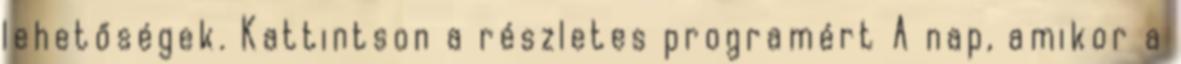
lehetőségek. Kattintson a részletes programért A nap, amikor a